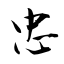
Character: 忠